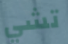
تشي